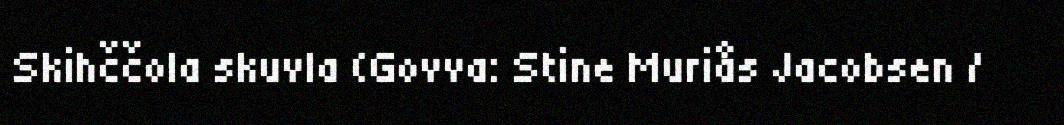
Skihččola skuvla (Govva: Stine Muriås Jacobsen /